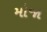
મોજા